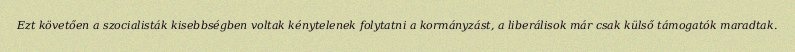
Ezt követően a szocialisták kisebbségben voltak kénytelenek folytatni a kormányzást, a liberálisok már csak külső támogatók maradtak.